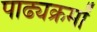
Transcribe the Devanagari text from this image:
पाढ्यक्रमों